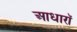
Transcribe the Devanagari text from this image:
आधारॉ